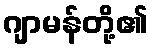
ဂျာမန်တို့၏